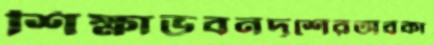
শিক্ষাভবনদৃশেরঅবকা